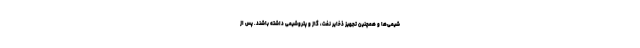
شیمی‌ها و همچنین تجهیز ذخایر نفت، گاز و پتروشیمی داشته باشند. پس از